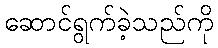
ဆောင်ရွက်ခဲ့သည်ကို